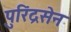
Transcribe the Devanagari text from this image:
पुरिंद्रसेन